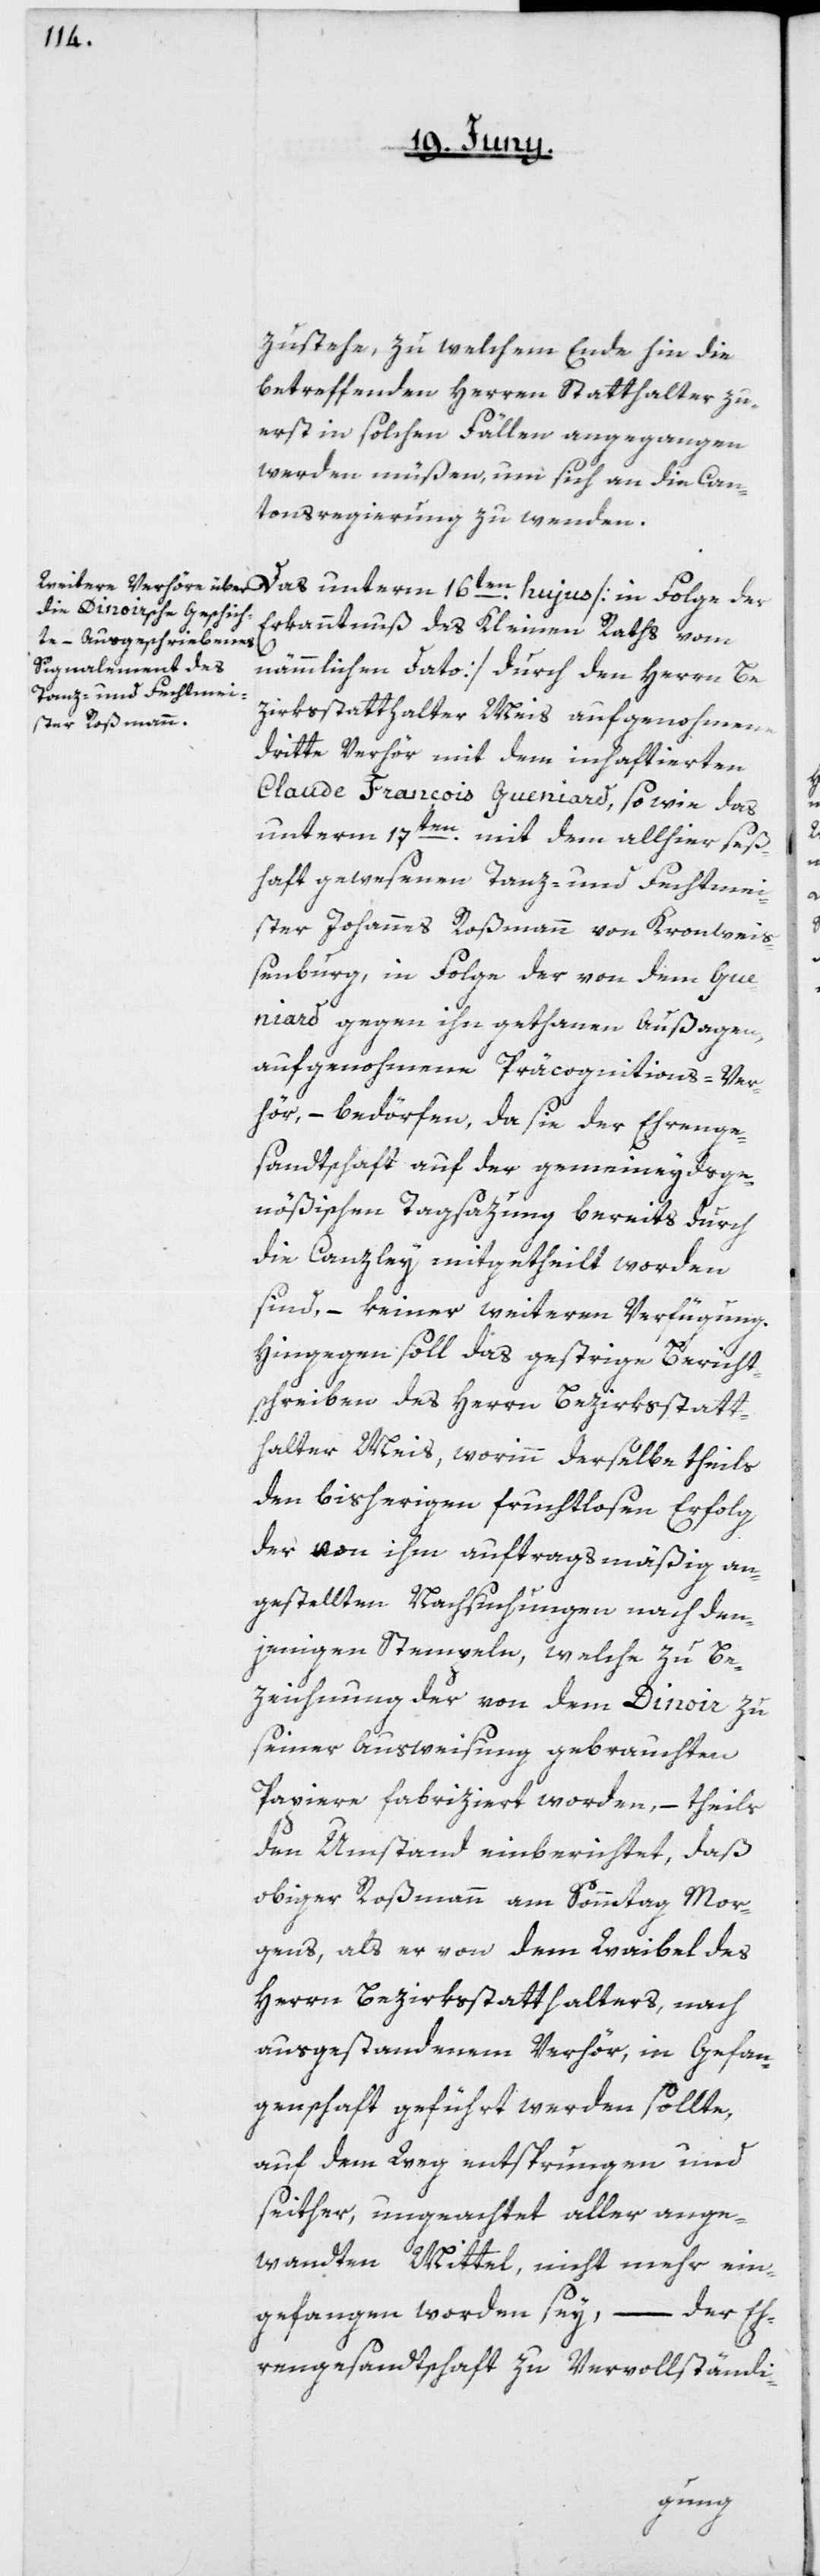
zustehe, zu welchem Ende hin die
betreffenden Herren Statthalter zu¬
erst in solchen Fällen angegangen
werden müßen, um sich an die Can¬
tonsregierung zu wenden.
Das unterm 16ten hujus [in Folge der
Erkanntnuß des Kleinen Raths vom
nämmlichen Dato] durch den Herrn Be¬
zirksstatthalter Meis aufgenomene
dritte Verhör mit dem inhaftierten
Claude François Gueniard, sowie das
unterm 17ten mit dem allhier seß¬
haft gewesenen Tanz- und Fechtmei¬
ster Johannes Roßmann von Kronwei¬
ßenburg, in Folge der von dem Gue¬
niard gegen ihn gethanen Aussagen,
aufgenohmene Präcognitions-Ver¬
hör, – bedörfen, da sie der Ehrenge¬
sandtschaft auf der gemeineydsge¬
nößischen Tagsazung bereits durch
die Canzley mitgetheilt worden
sind, – keiner weiteren Verfügung.
Hingegen soll das gestrige Bericht¬
schreiben des Herrn Bezirksstatt¬
halter Meis, worinn derselbe theils
den bisherigen fruchtlosen Erfolg
der von ihm auftragsmäßig an¬
gestellten Nachsuchungen nach den¬
jenigen Stempeln, welche zu Be¬
zeichnung der von dem Dinoir zu
seiner Ausweisung gebrauchten
Papiere fabriziert worden, – theils
den Umstand einberichtet, daß
obiger Roßmann am Sonntag Mor¬
gens, als er von dem Weibel des
Herrn Bezirksstatthalters, nach
ausgestandenem Verhör, in Gefan¬
genschaft geführt werden sollte,
auf dem Weg entsprungen und
seither, ungeachtet aller ange¬
wandten Mittel, nicht mehr ein¬
gefangen worden sey, – der Eh¬
rengesandtschaft zu Vervollständi-